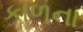
કાળના